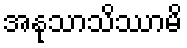
အနုသာသိဿာမိ